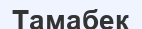
Тамабек